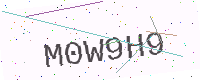
Text: M0W9H9